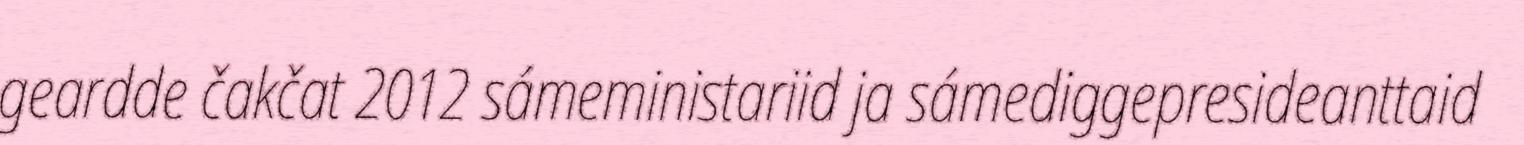
geardde čakčat 2012 sámeministariid ja sámediggepresideanttaid